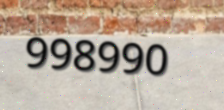
998990